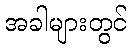
အခါများတွင်